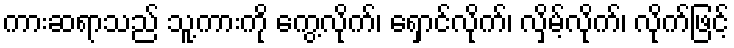
ကားဆရာသည် သူ့ကားကို ကွေ့လိုက်၊ ရှောင်လိုက်၊ လှိမ့်လိုက်၊ လိုက်ဖြင့်